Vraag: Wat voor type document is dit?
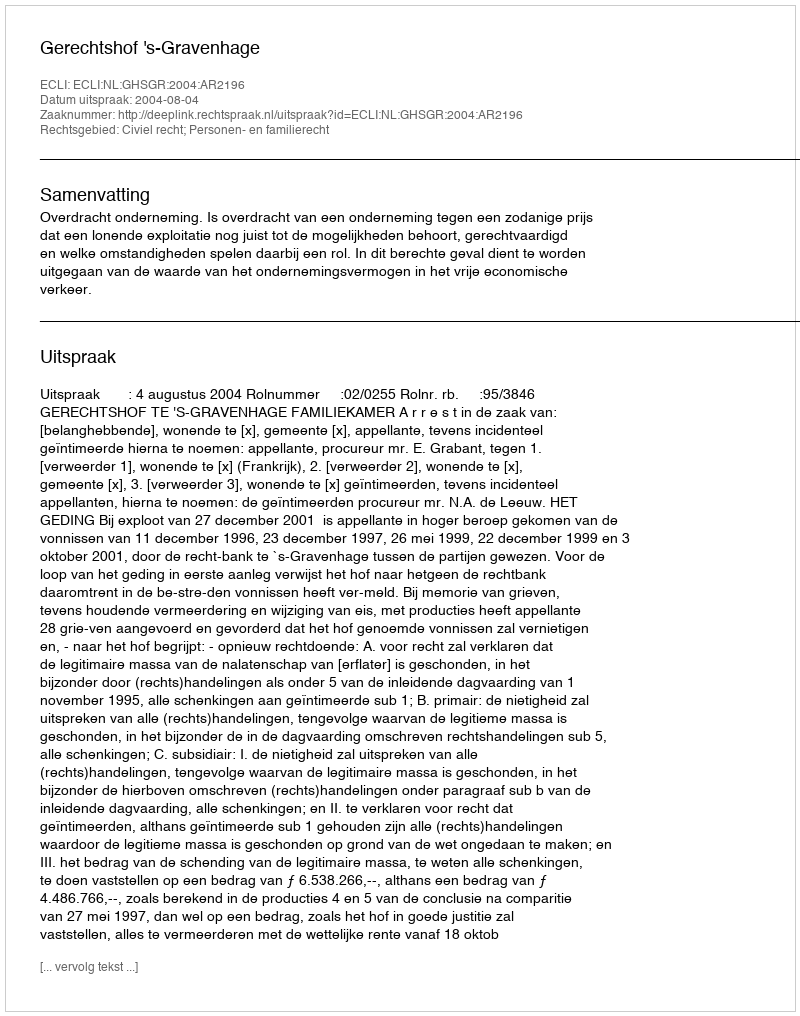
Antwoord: Uitspraak